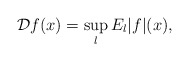
\begin{align*}\mathcal{D}f(x)=\sup_{l} E_{l}|f|(x),\end{align*}